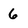
Character: 6